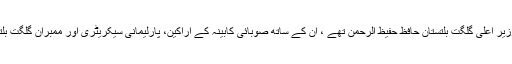
تقریب کے مہمان خصوصی وزیر اعلی گلگت بلتستان حافظ حفیظ الرحمن تھے ، ان کے ساتھ صوبائی کابینہ کے اراکین، پارلیمانی سیکریٹری اور ممبران گلگت بلتستان کونسل بھی موجود تھے۔